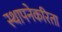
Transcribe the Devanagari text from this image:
स्थापनेकरिता